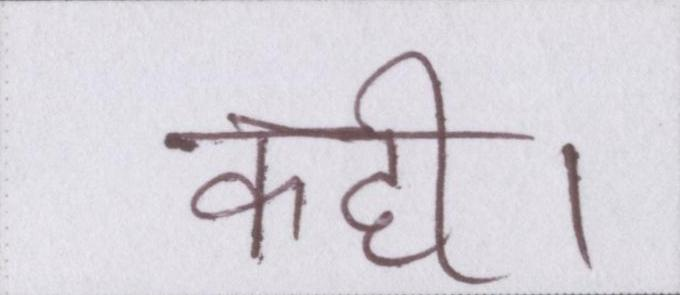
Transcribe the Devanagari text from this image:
कही।